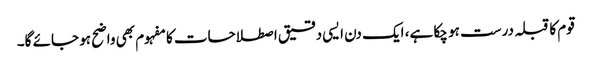
قوم کا قبلہ درست ہو چکا ہے، ایک دن ایسی دقیق اصطلاحات کا مفہوم بھی واضح ہو جائے گا۔